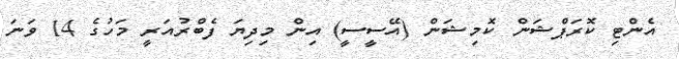
އެންޓި ކޮރަޕްޝަން ކޮމިޝަން (އޭސީސީ) އިން މިދިޔަ ފެބްރުއަރީ މަހުގެ 14 ވަނަ